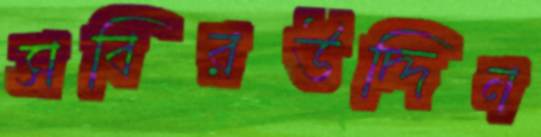
সবিরউদ্দিন